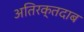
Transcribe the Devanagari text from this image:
अतिरक्तदाब